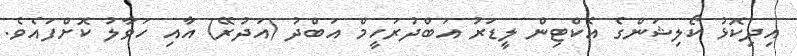
އިދިކޮޅު ކޯލިޝަންގެ އެކްޓިން ލީޑަރު އަބްދުރަހީމް އަބްދު (އަދުރޭ) އާއި ހަވާލު ކޮށްފައެވެ.